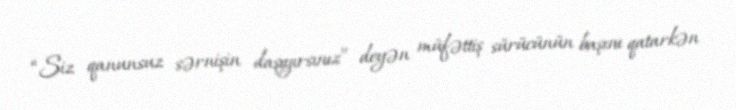
“Siz qanunsuz sərnişin daşıyırsınız” deyən müfəttiş sürücünün başını qatarkən